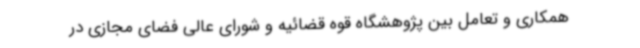
همکاری و تعامل بین پژوهشگاه قوه قضائیه و شورای عالی فضای مجازی در